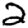
Digit: 2